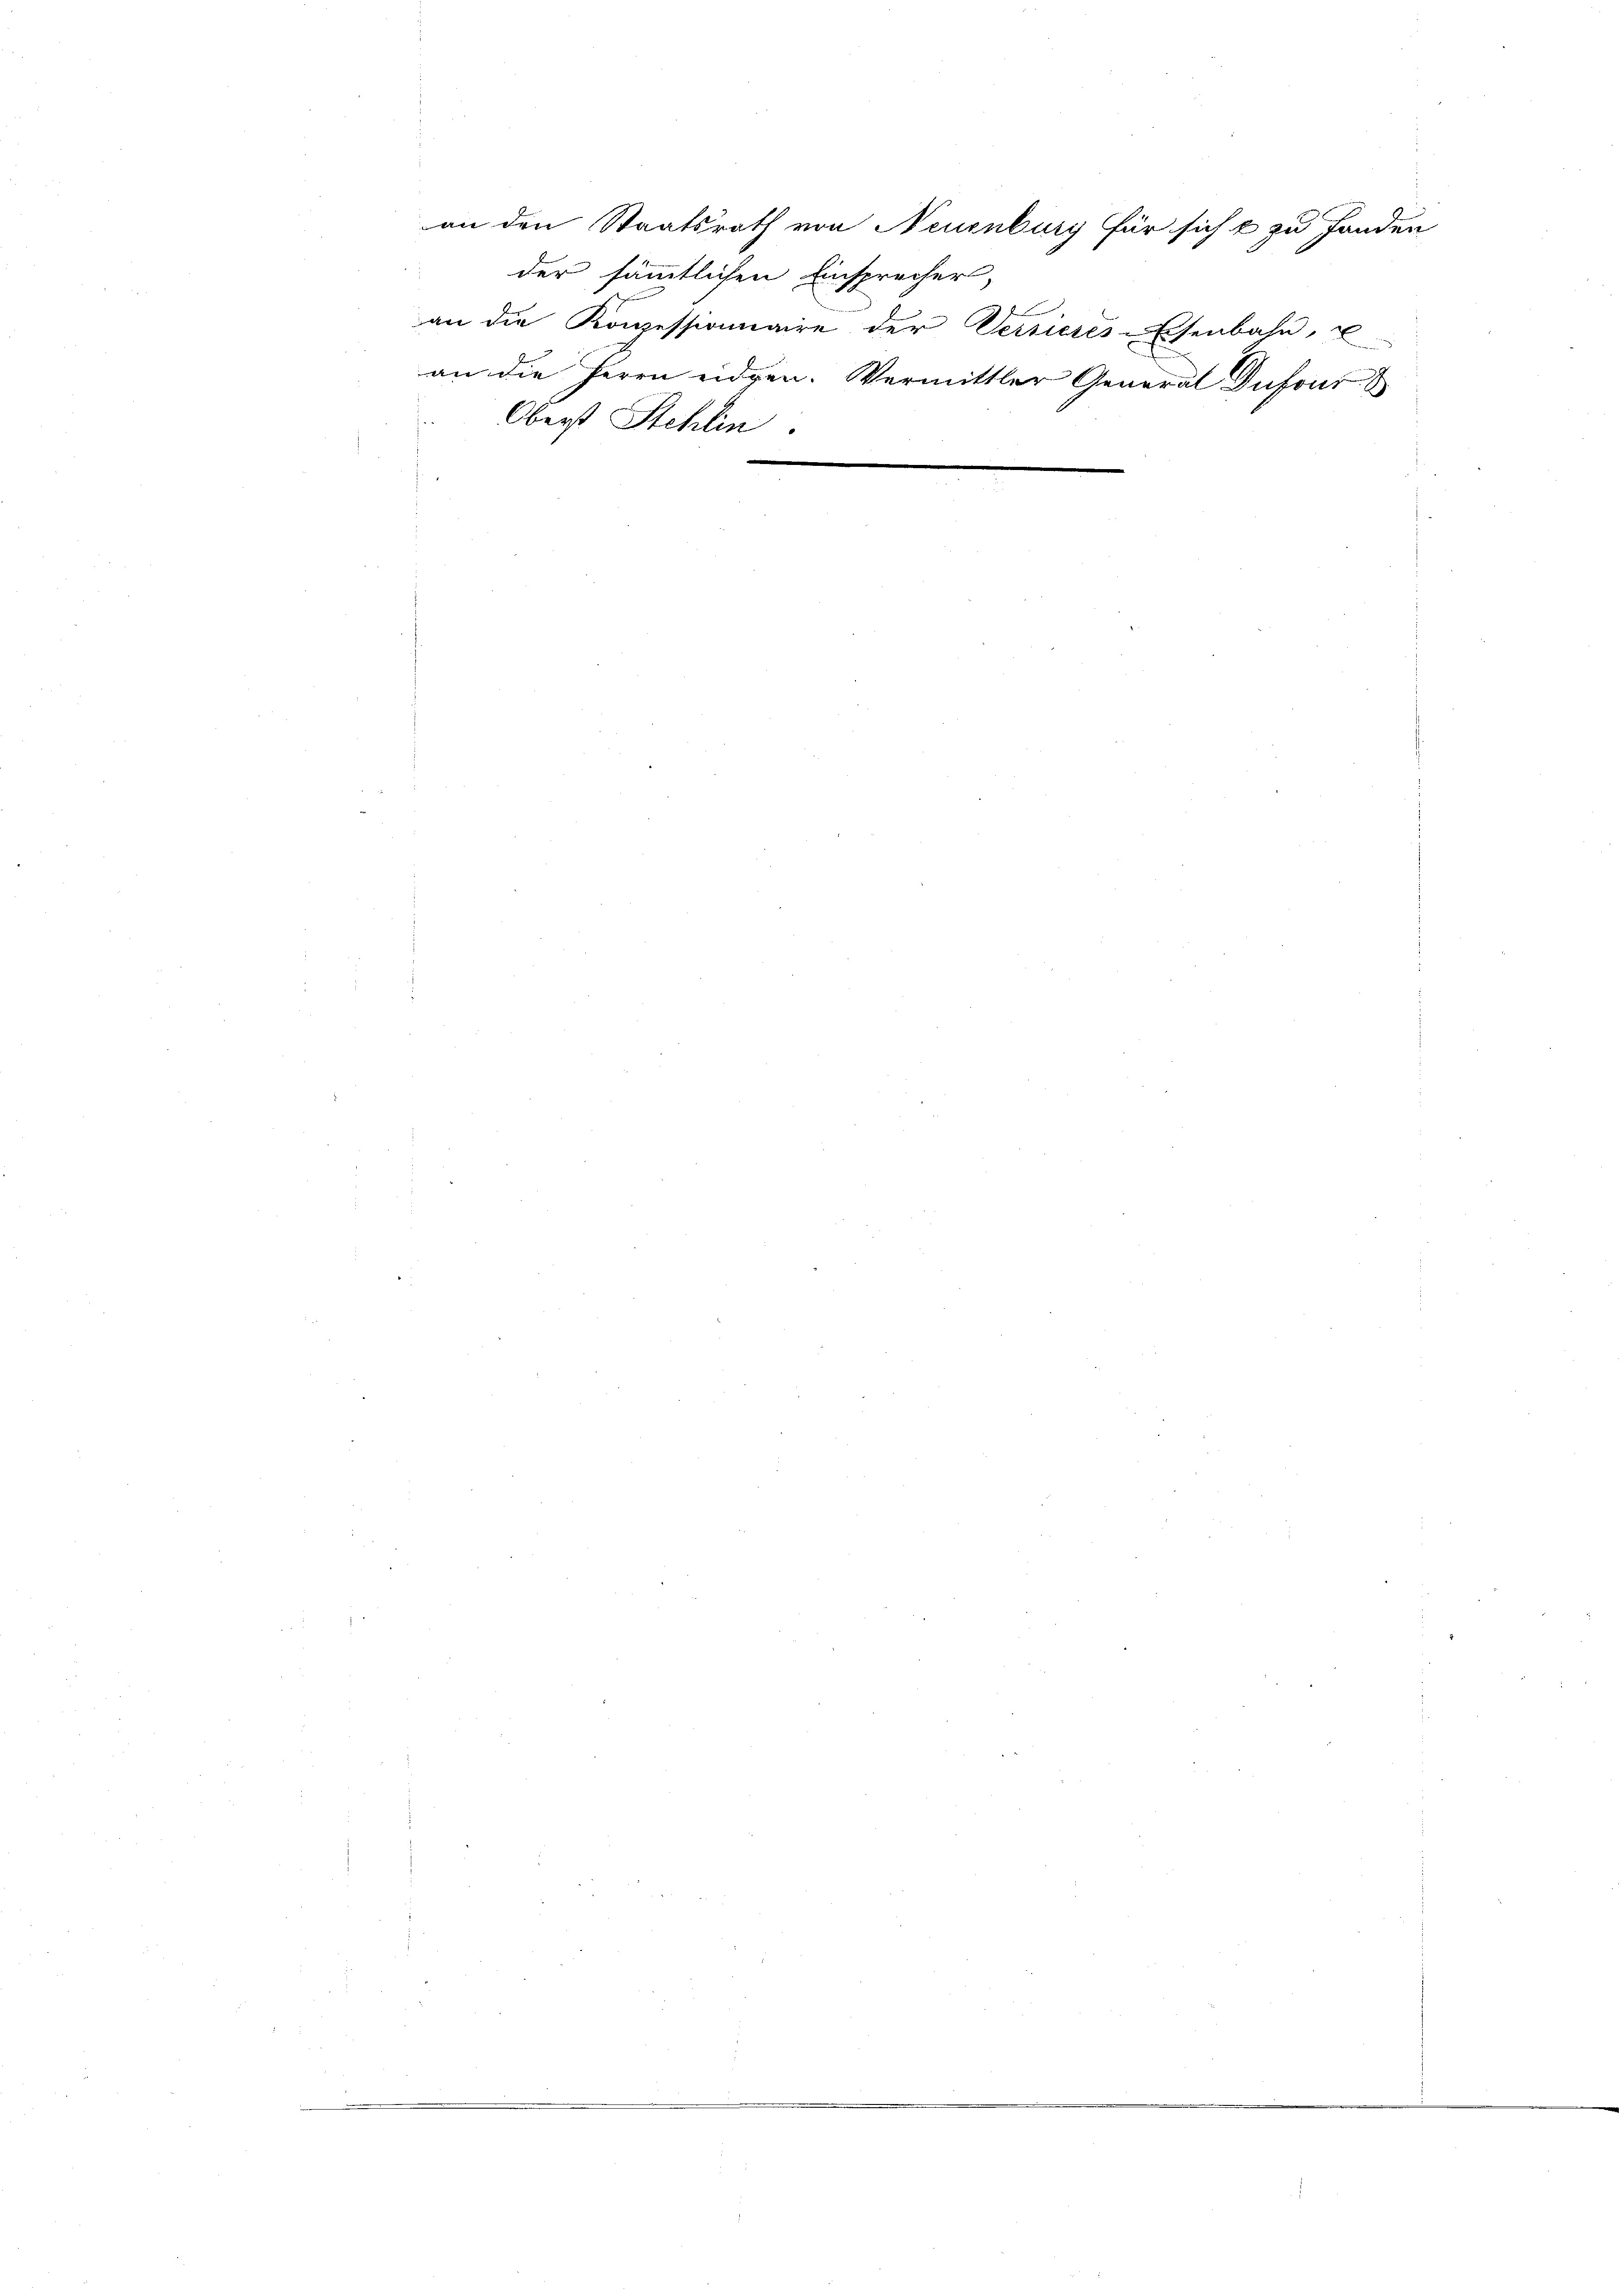
Oberst Stehlin.
n

an den Staatsrath von Neuenburg für sich & zu Handen
der sämmtlichen Einsprecher,
an die Konzessionaire der Verzieres-Eisenbahn, u
an die Herrn eidgen. Vermittler General Dufour
s
e
e